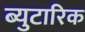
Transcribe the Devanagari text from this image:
ब्युटारिक